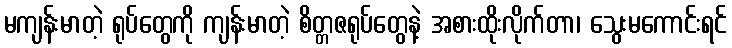
မကျန်းမာတဲ့ ရုပ်တွေကို ကျန်းမာတဲ့ စိတ္တဇရုပ်တွေနဲ့ အစားထိုးလိုက်တာ၊ သွေးမကောင်းရင်